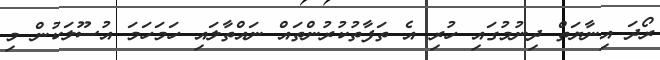
ރޯދަ އިނާޔަތް ދިނުމުގައި ހުރި އެ ތަފާތުކުރުންތައް ނައްތާލައި ހަމަހަމަ އުސޫލަކުން މި